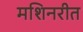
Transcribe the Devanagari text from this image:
मशिनरीत